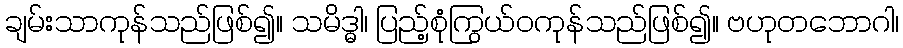
ချမ်းသာကုန်သည်ဖြစ်၍။ သမိဒ္ဓါ၊ ပြည့်စုံကြွယ်ဝကုန်သည်ဖြစ်၍။ ဗဟုတဘောဂါ၊